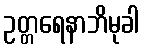
ဥတ္တရေနာဘိမုခါ